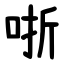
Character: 哳